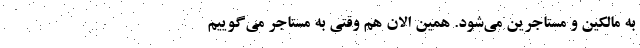
به مالکین و مستاجرین می‌شود. همین الان هم وقتی به مستاجر می‌گوییم